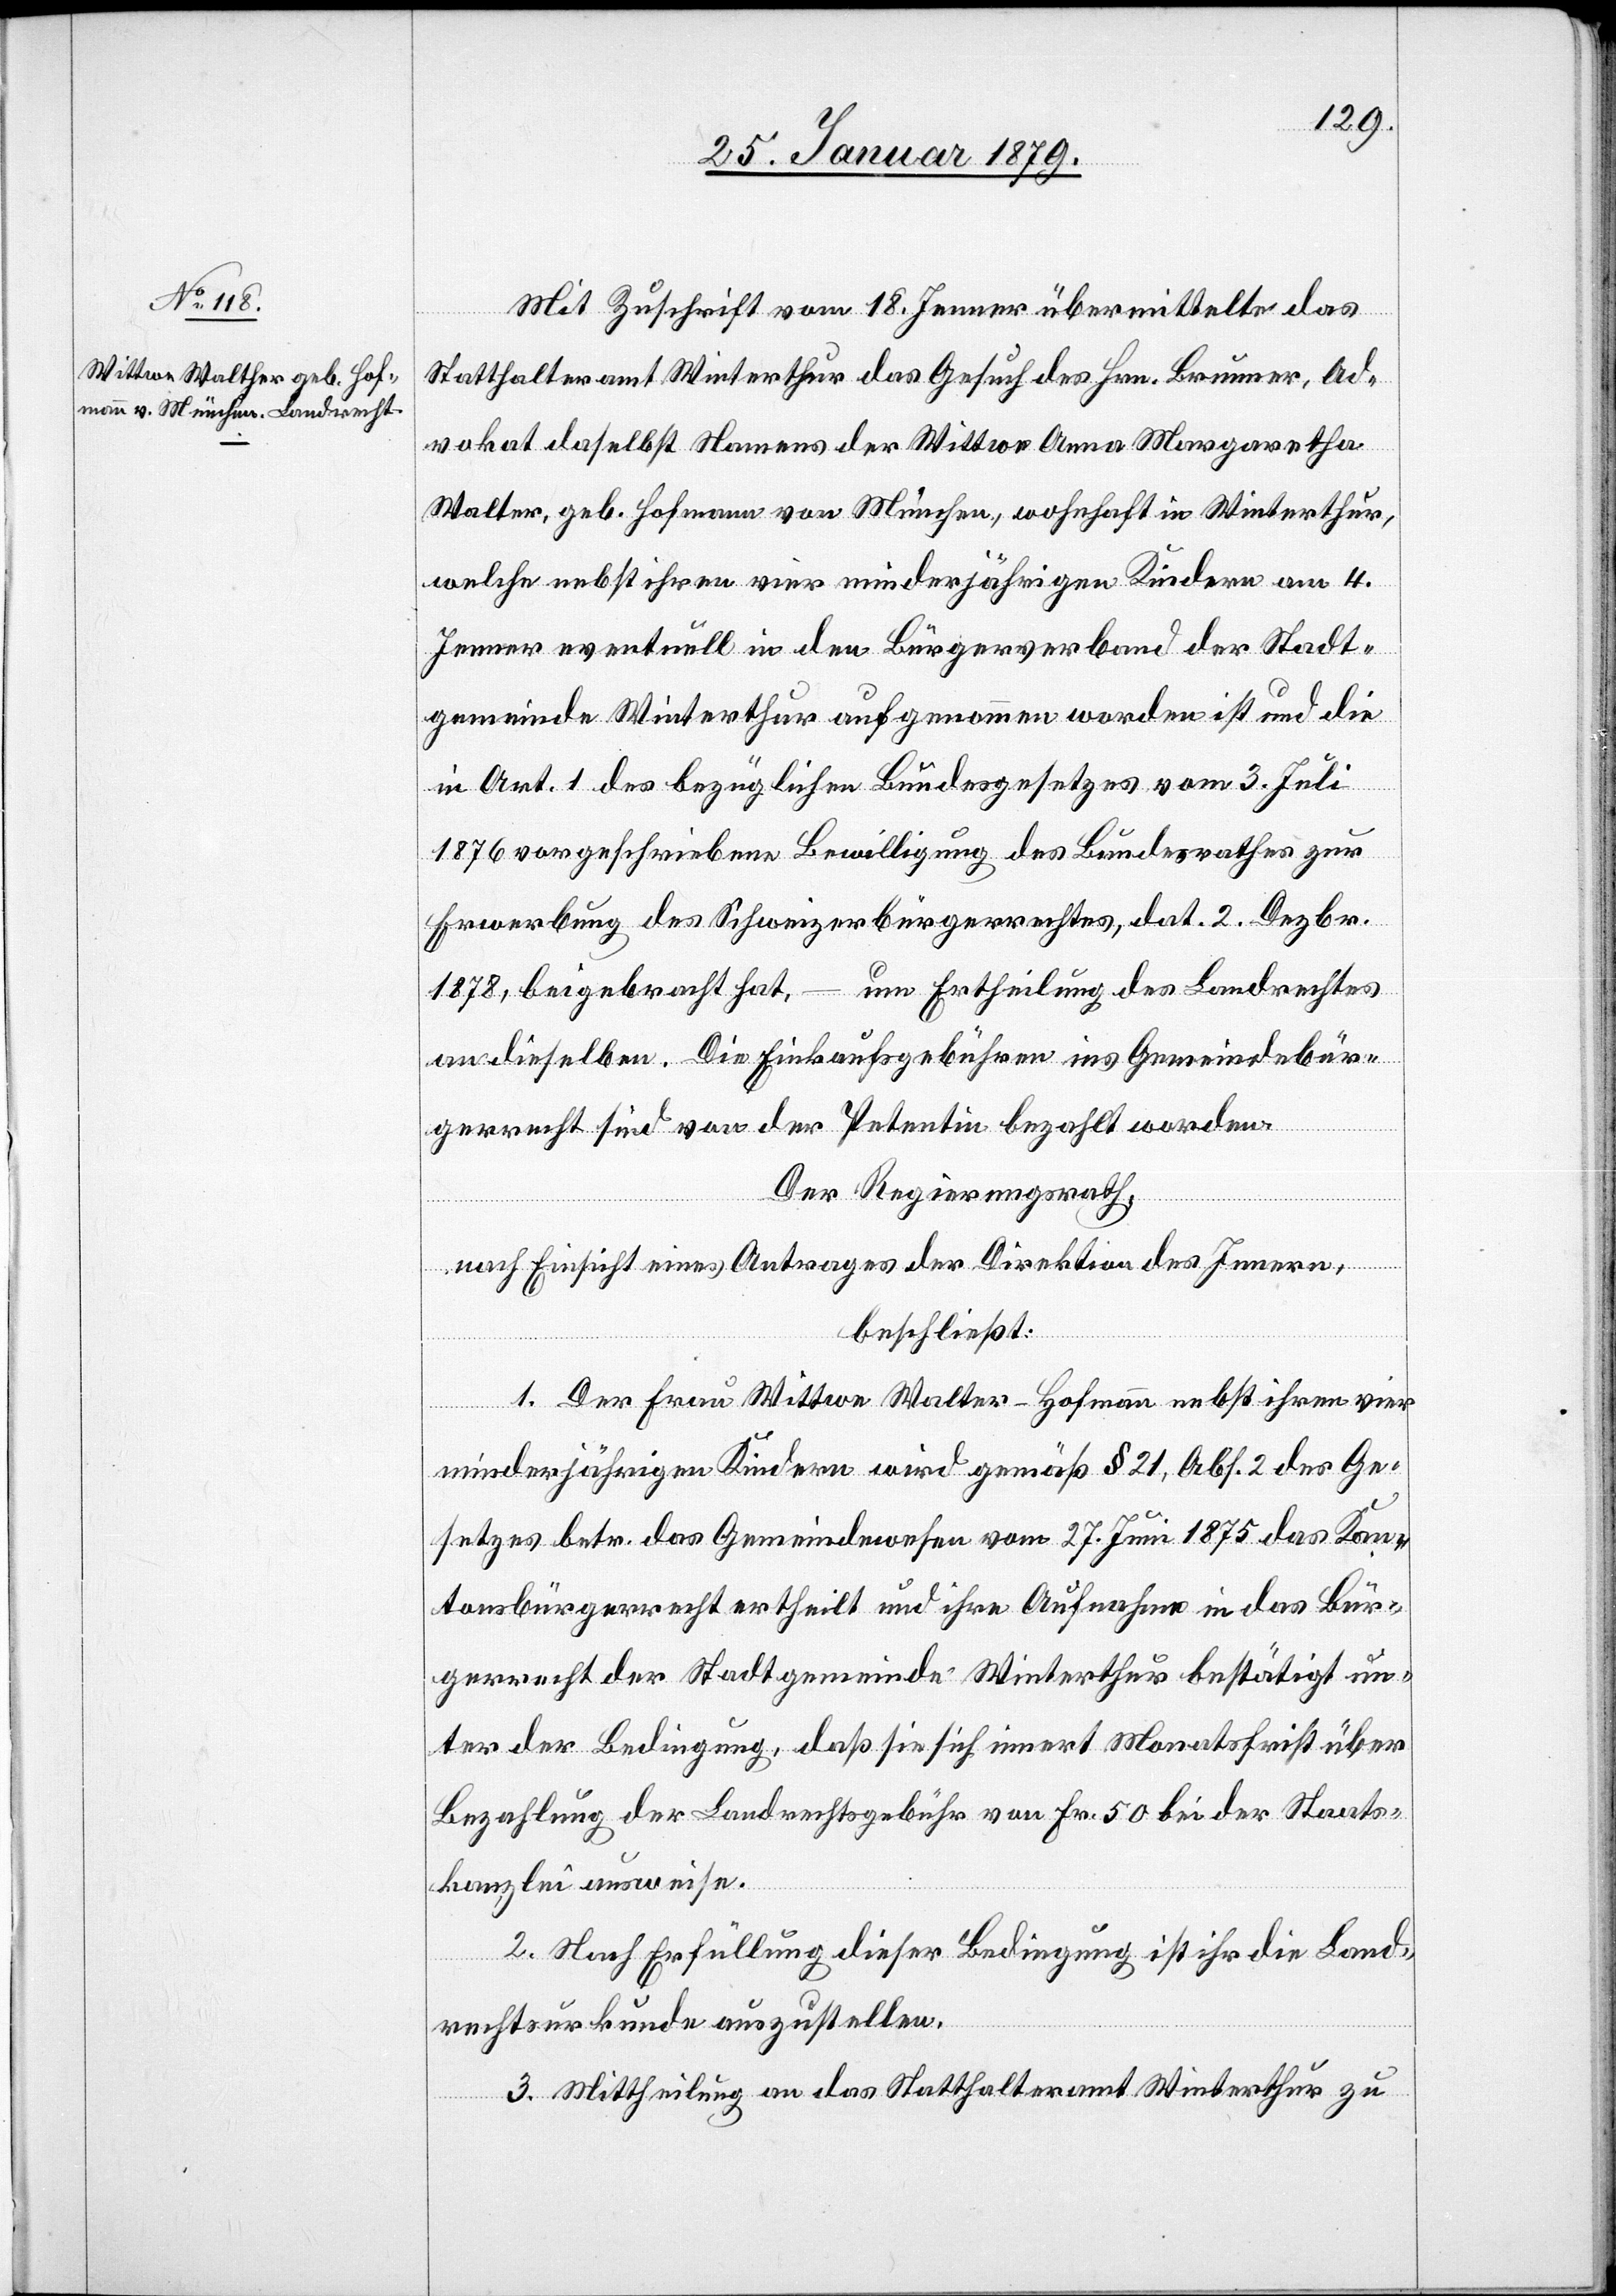
Mit Zuschrift vom 18. Jenner übermittelt das
Statthalteramt Winterthur das Gesuch des Hrn. Brunner, Ad¬
vokat daselbst Namens der Wittwe Anna Margaretha
[sic!], geb. Hofmann von München, wohnhaft in Winterthur,
welche nebst ihren vier minderjährigen Kindern am 4.
Jenner eventuell in den Bürgerverband der Stadt¬
gemeinde Winterthur aufgenommen worden ist und die
in Art. 1 des bezüglichen Bundesgesetzes vom 3. Juli
1876 vorgeschriebene Bewilligung des Bundesrathes zur
Erwerbung des Schweizerbürgerrechtes, dat. 2. Dezbr.
um Ertheilung des Landrechtes
1878, beigebracht hat,
an dieselben. Die Einkaufsgebühren ins Gemeindebür¬
gerrecht sind von der Petentin bezahlt worden.
Der Regierungsrath,
nach Einsicht eines Antrages der Direktion des Innern,
beschließt:
1. Der Frau Wittwe Walter-Hofmann nebst ihren vier
minderjährigen Kindern wird gemäß § 21, Abs. 2 des Ge¬
setzes betr. das Gemeindewesen vom 27. Juni 1875 das Kan¬
tonsbürgerrecht ertheilt und ihre Aufnahme in das Bür¬
gerrecht der Stadtgemeinde Winterthur bestätigt un¬
ter der Bedingung, daß sie sich innert Monatsfrist über
Bezahlung der Landrechtsgebühr von Fr. 50 bei der Staats¬
kanzlei ausweise.
2. Nach Erfüllung dieser Bedingung ist ihr die Land¬
rechtsurkunde auszustellen.
3. Mittheilung an das Statthalteramt Winterthur zu